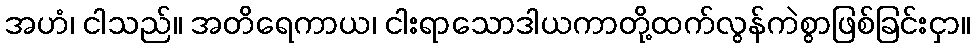
အဟံ၊ ငါသည်။ အတိရေကာယ၊ ငါးရာသောဒါယကာတို့ထက်လွန်ကဲစွာဖြစ်ခြင်းငှာ။